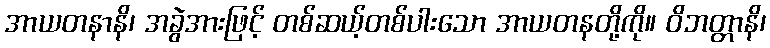
အာယတနာနိ၊ အခွဲအားဖြင့် တစ်ဆယ့်တစ်ပါးသော အာယတနတို့ကို။ ဝိဘတ္တာနိ၊